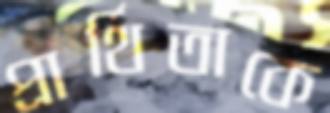
প্রার্থিতাকে